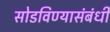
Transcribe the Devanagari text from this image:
सोडविण्यासंबंधी